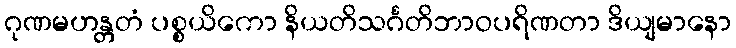
ဂုဏမဟန္တတံ ပစ္စယိကော နိယတိသင်္ဂတိဘာဝပရိဏတာ ဒိယျမာနော